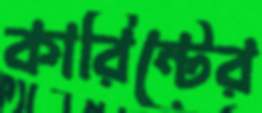
কারিন্টের